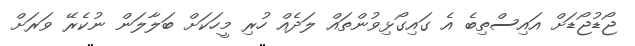
ޖޯޑުޖޯޑަށް އައިސްތިބެ އެ ގައިގޯޅިވުންތައް ލަދެއް ހުރި މީހަކަށް ބަލާލަން ނުކެރޭ ވަރަށް